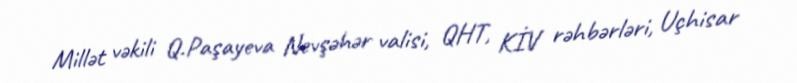
Millət vəkili Q.Paşayeva Nevşəhər valisi, QHT, KİV rəhbərləri, Uçhisar